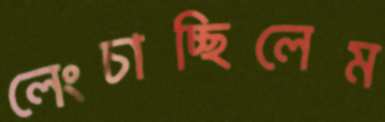
লেংচাচ্ছিলেম